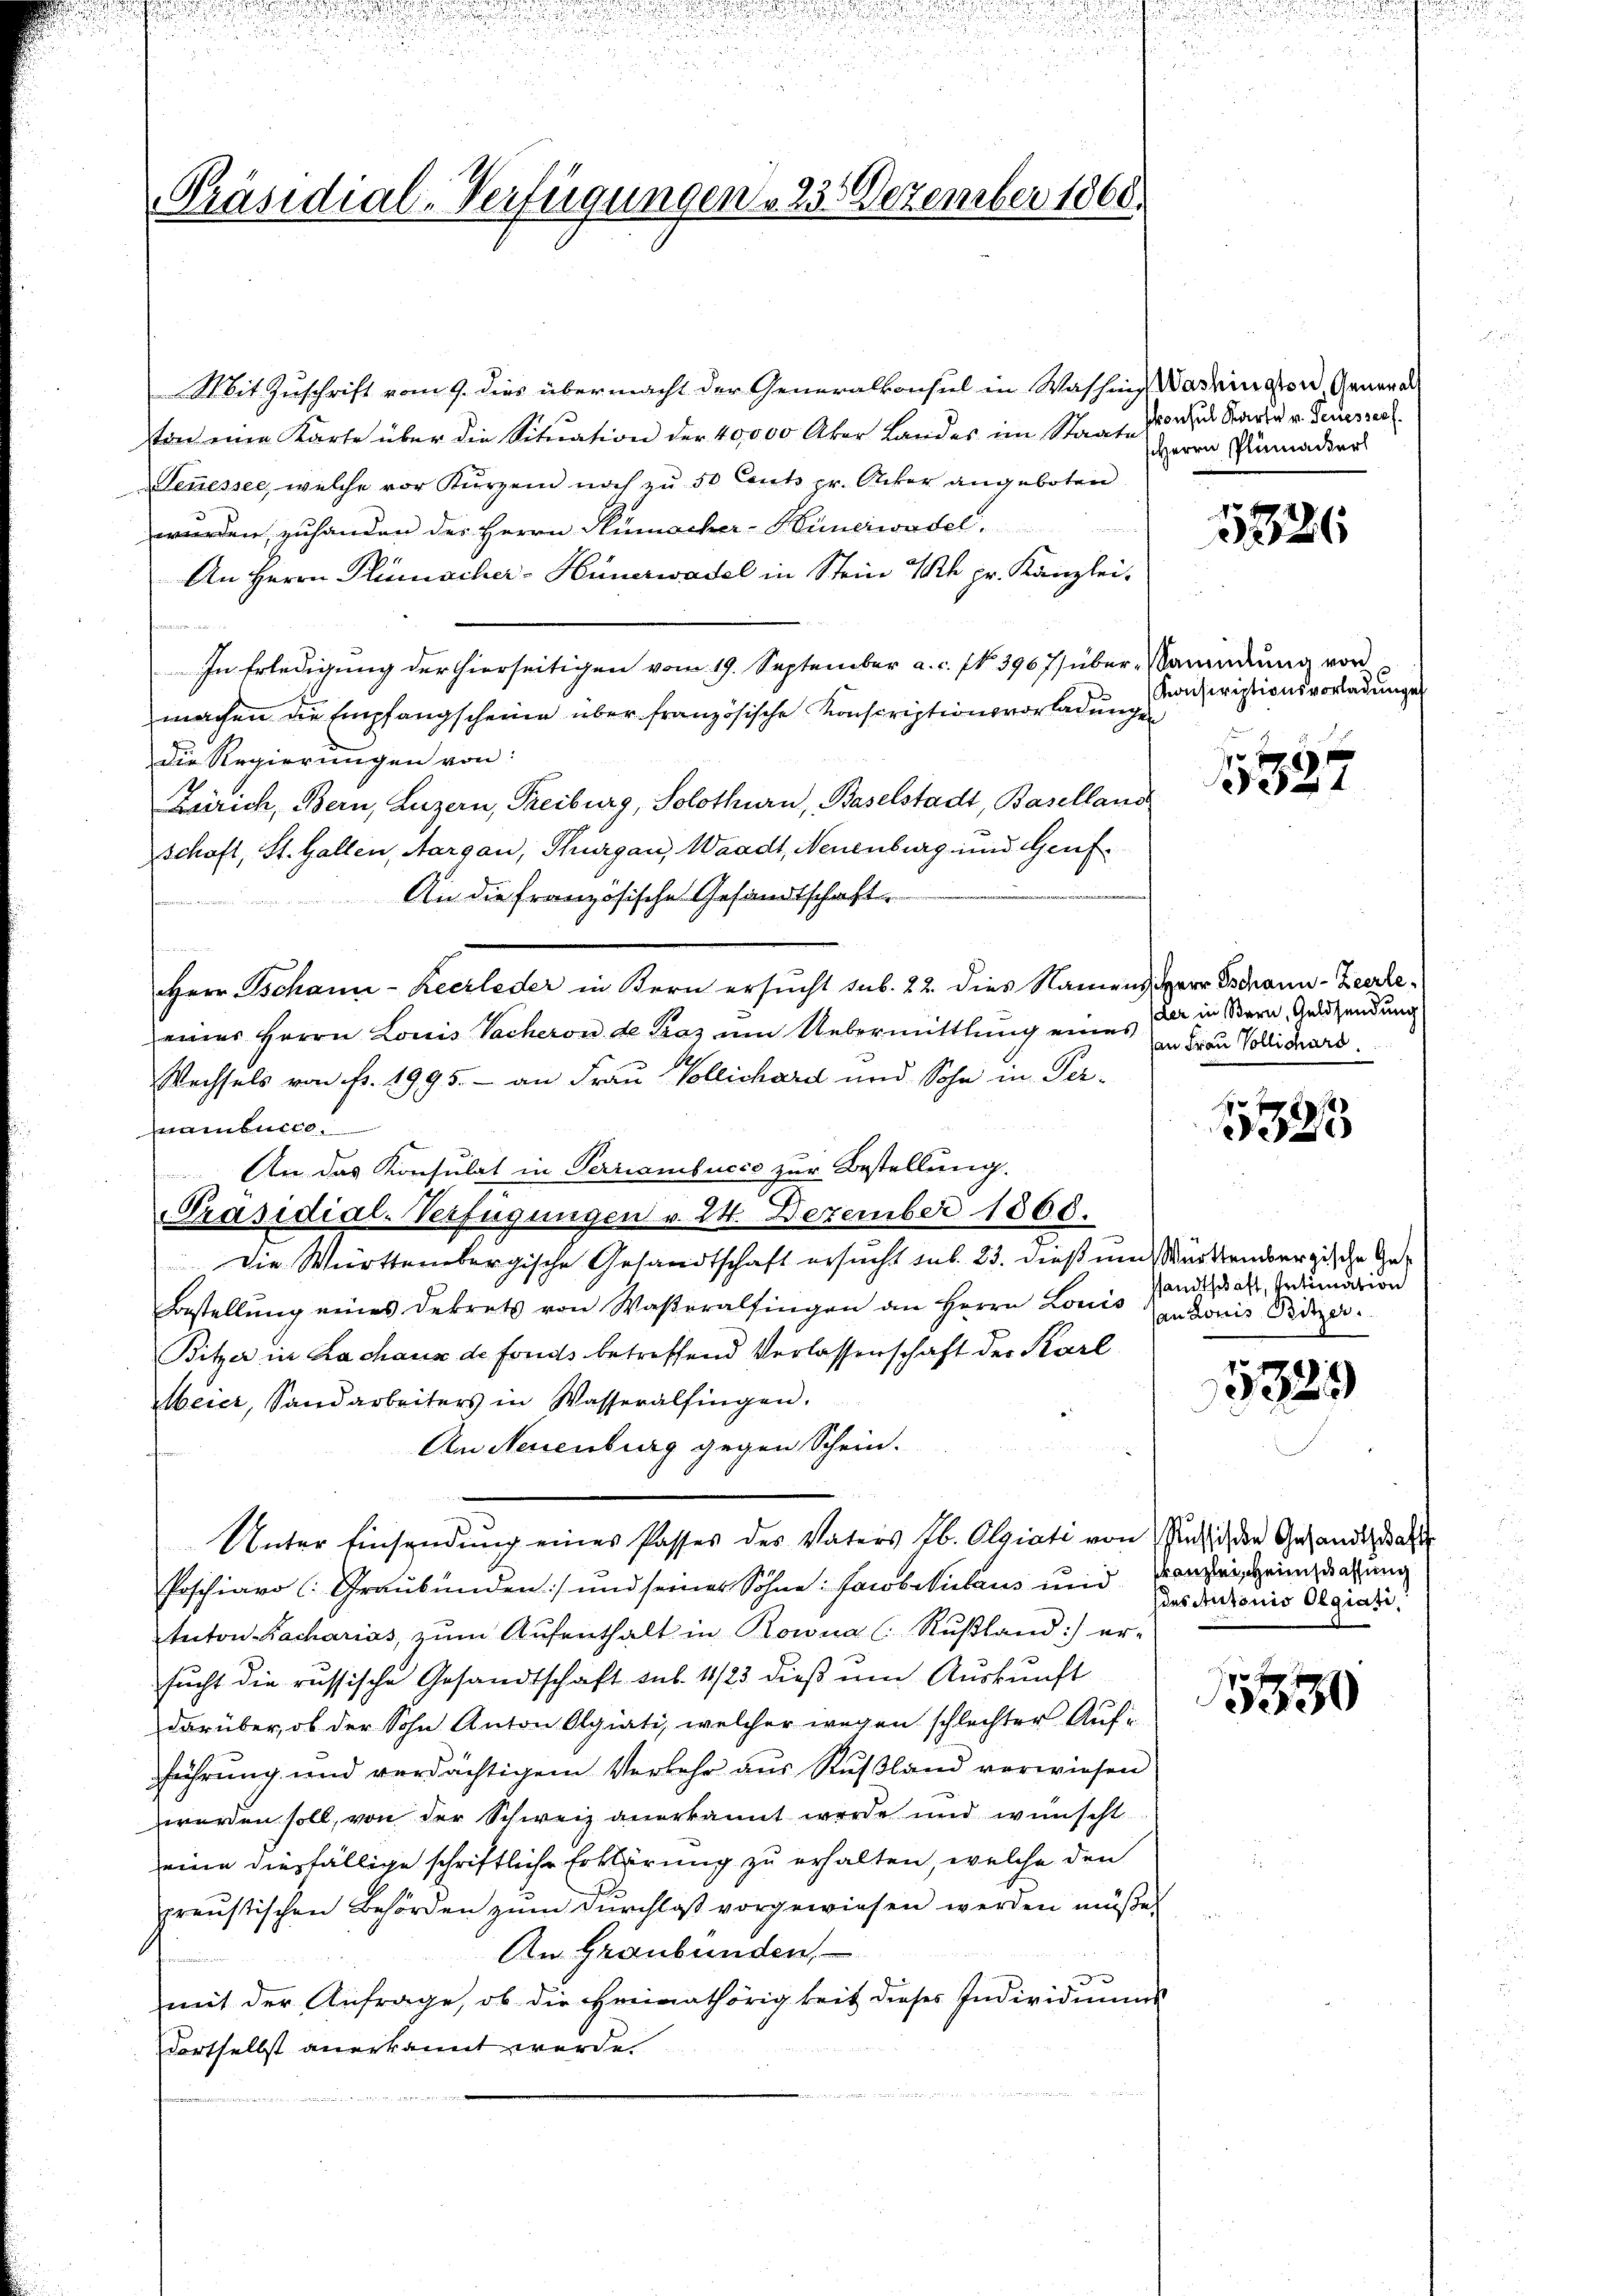
Präsidial-Verfügungen 23. Dezember 1868.

S. Mit Zuschrift vom 9. dies übermacht der Generalkonsul in Washing Washington, General
ton eine Karte über die Situation der 40,000 Aker Landes im Staate
Sessessee, welche vor Kurzem noch zu 50 Cents pr. Acker angeboten
wurden, zuhanden des Herrn Sumacher-Hünerwadel.
An Herrn Plinischer-Hünerwadel in Stein k. pr. Kanzlei-

In Erledigung der hierseitigen vom 19. September a. c. fr. 396 7) über, Sandŭng von
machen die Empfangscheine über französische Konscriptionsvorladungen
die Regierungen von:
Zürich, Bern, Luzern, Treiburg, Solothurn, Baselstadt, Baselland
schoft, St. Gallen, Aargau, Thurgau, Waadt, Neuenburg und Genf
An die französische Gesandtschaft
Herr Schann-Keerleder in Bern ersucht sub. 22. dies Namens Herr Brann-Zeerleeines Herrn Louis Sacheron de Bas ŭm Uebermittlung eines
Wechsels von fr. 1995. - an Frau Vollichard und Sohn in Pernambuche
An das Konsulat in Perriambucco zur Bestellung.
Präsidial-Verfügungen v. 24. Dezember 1860.
Die Württembergische Gesandtschaft ersucht sub. 23. dieß und Württembergische Ge¬
Bestellŭng eines Dekrets von Wasteralfingen an Herrn Louis Kantonis Pidier.
Bitzer in Lachaus de fonds betreffend Verlassenschaft der Karl
Meier, Sandarbeiters in Wasseralfingen.
An Neuenburg gegen Schein.
e
Unter Einsendung eines Passes des Vaters Ab. Olgiati von Zusich die Gesandtschaft
Poschiavo (Graubünden) und seiner Söhne: Jacobikulius und Kanzleischein darung
tuton Bacharias, zŭm Aŭfenthalt in Rowna ( Rußland) er-
sucht die russische Gesandtschaft sub. 14/23 dieß um Auskunft
darüber, ob der Sohn Anton Olgiati, welcher wegen schlechter Aufführung und verdächtigem Verkehr aus Rußland verwiesen
werden soll, von der Schweiz anerkannt werde und wünscht
eine diesfällige schriftliche Erklärung zu erhalten, welche den
preustischen Behörden zŭm Durchlaß vorgewiesen werden müße.
An Graubünden,
mit der Anfrage, ob die Freimathörigkeit dieses Individuums
Fortselbst anerkannt werde.

konsul Karte v. Pecessers.
Herrn Plumacher

5326

Konscriptionsvorladunge

7 xx
5327

der in Bern, Geldsendung
an Frau Vollichard.

1323

ssandtschaft, Intimation

5329

des Antonio Olgiate

1 f 0 x
330